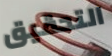
التحقيق